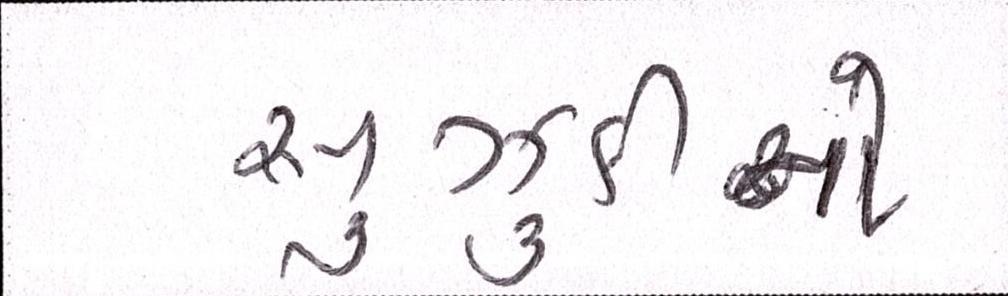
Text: સુઝુકીનો